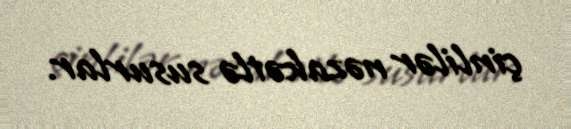
çinlilər nəzakətlə susurlar.